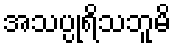
အသပ္ပုရိသဘူမိ